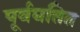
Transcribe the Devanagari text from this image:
पूर्वघतित